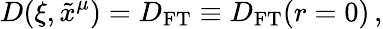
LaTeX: D(\xi,\tilde{x}^{\mu})=D_{\mathrm{FT}}\equiv D_{\mathrm{FT}}(r=0)\, ,